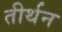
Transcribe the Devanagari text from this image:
तीर्थन